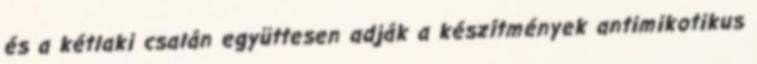
és a kétlaki csalán együttesen adják a készítmények antimikotikus